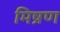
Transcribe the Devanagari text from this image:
मिष्रण